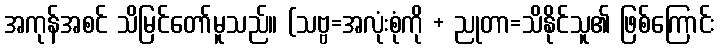
အကုန်အစင် သိမြင်တော်မူသည်။ (သဗ္ဗ=အလုံးစုံကို + ညုတာ=သိနိုင်သူ၏ ဖြစ်ကြောင်း